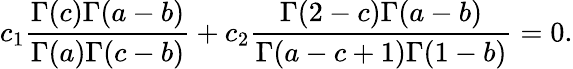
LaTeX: c_{1}\frac{\Gamma(c)\Gamma(a-b)}{\Gamma(a)\Gamma(c-b)}+c_{2}\frac{\Gamma(2-c)\Gamma(a-b)}{\Gamma(a-c+1)\Gamma(1-b)}=0.